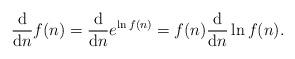
LaTeX: \begin{align*} \frac{\mathrm{d}}{\mathrm{d}n} {f(n)}=\frac{\mathrm{d}}{\mathrm{d}n} e^{\ln f(n)}=f(n)\frac{\mathrm{d}}{\mathrm{d}n} \ln{f(n)}.\end{align*}